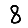
Digit: 8